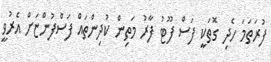
ފުރަތަމަ ހެދި ގޮތަކީ ފަސް ފޫޓު ފާރު މަތިން ކުދިންތައް ފަސްފުންޏަށް އެރުވީ